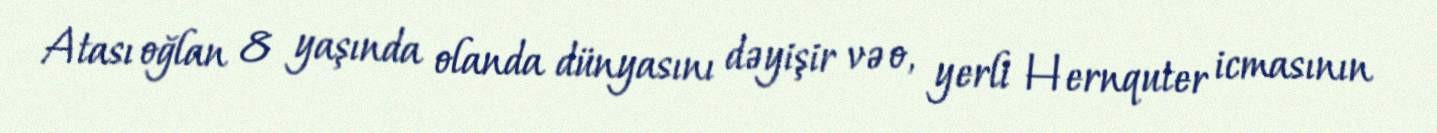
Atası oğlan 8 yaşında olanda dünyasını dəyişir və o, yerli Hernquter icmasının